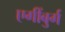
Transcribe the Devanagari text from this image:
एगींबुर्ग